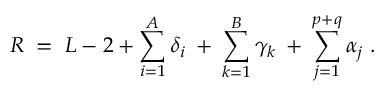
R \; = \; L - 2 + \sum _ { i = 1 } ^ { A } \delta _ { i } \: + \: \sum _ { k = 1 } ^ { B } \gamma _ { k } \: + \: \sum _ { j = 1 } ^ { p + q } \alpha _ { j } \; .